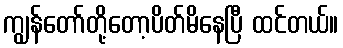
ကျွန်တော်တို့တော့ပိတ်မိနေပြီ ထင်တယ်။